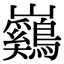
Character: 𡿙